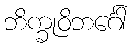
ဘိက္ခုဝိဘင်္ဂေါ